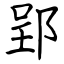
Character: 郢